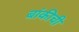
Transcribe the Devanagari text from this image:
बांकीची